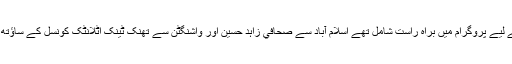
اسي بارے ميں مزيد بات کرنے کے ليے پروگرام میں براہِ راست شامل تھے اسلام آباد سے صحافي زاہد حسين اور واشنگٹن سے تھِنک ٹينک اٹلانٹِک کونسل کے ساؤتھ ايشيا سينٹر کے سربراہ شجاع نواز۔